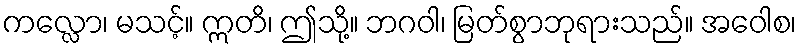
ကလ္လော၊ မသင့်။ ဣတိ၊ ဤသို့။ ဘဂဝါ၊ မြတ်စွာဘုရားသည်။ အဝေါစ၊